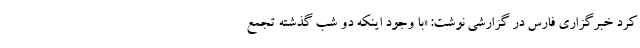
کرد خبرگزاری فارس در گزارشی نوشت: «با وجود اینکه دو شب گذشته تجمع